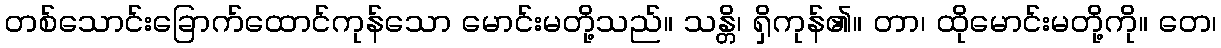
တစ်သောင်းခြောက်ထောင်ကုန်သော မောင်းမတို့သည်။ သန္တိ၊ ရှိကုန်၏။ တာ၊ ထိုမောင်းမတို့ကို။ တေ၊